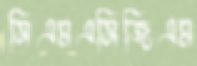
সিএমএসিজিএম